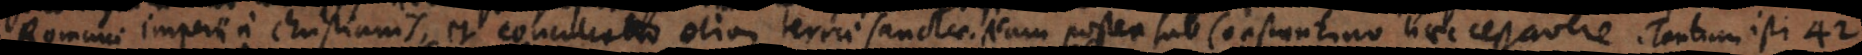
Christianis, et conculcatio etiam terrae sanctae. Nam postea sub Constantino haec cessavere. Tantum isti 42